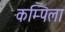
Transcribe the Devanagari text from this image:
कम्पिला